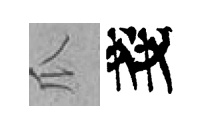
瓜戔